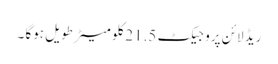
ریڈ لائن پروجیکٹ 21.5کلو میٹر طویل ہوگا ۔